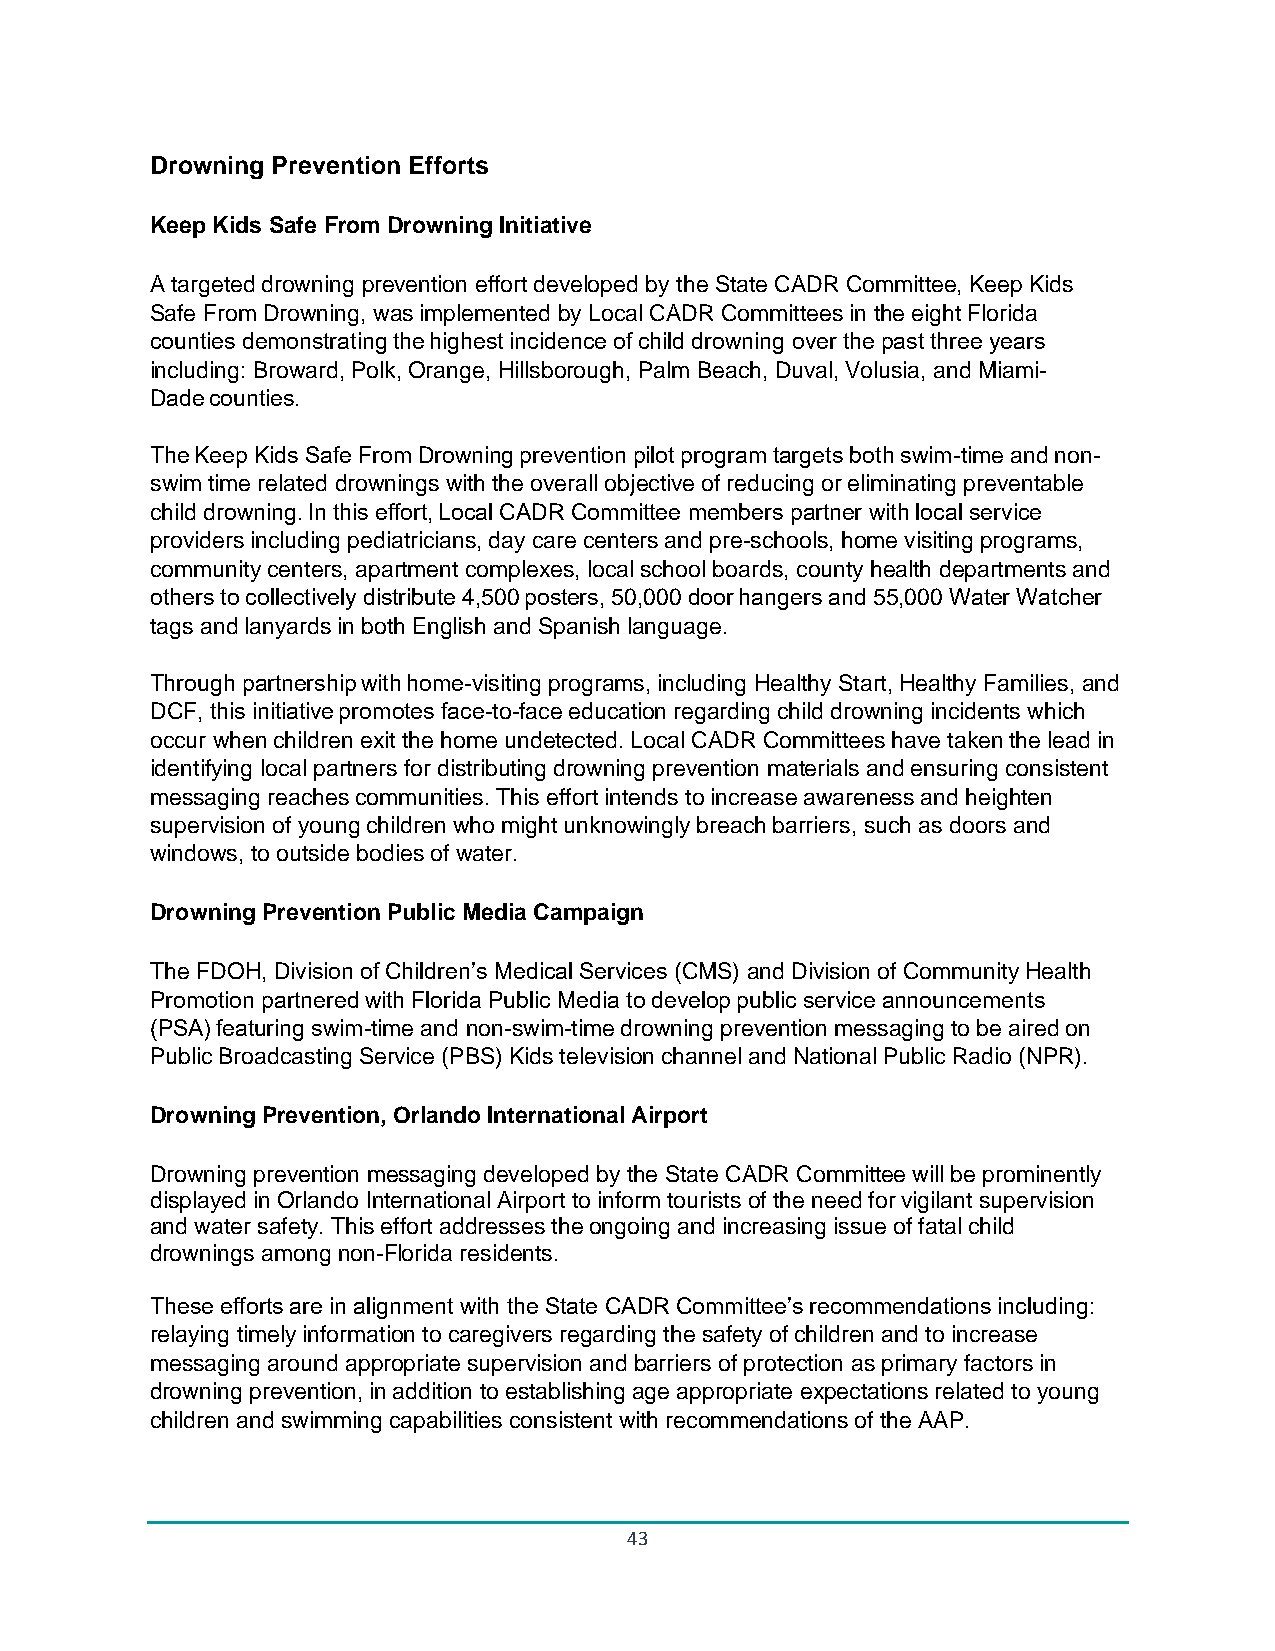
Drowning Prevention Efforts
 Keep Kids Safe From Drowning Initiative
 A targeted drowning prevention effort developed by the State CADR Committee, Keep Kids
 Safe From Drowning, was implemented by Local CADR Committees in the eight Florida
 counties demonstrating the highest incidence of child drowning over the past three years
 including: Broward, Polk, Orange, Hillsborough, Palm Beach, Duval, Volusia, and Miami-
 Dade counties.
 The Keep Kids Safe From Drowning prevention pilot program targets both swim-time and non-
 swim time related drownings with the overall objective of reducing or eliminating preventable
 child drowning. In this effort, Local CADR Committee members partner with local service
 providers including pediatricians, day care centers and pre-schools, home visiting programs,
 community centers, apartment complexes, local school boards, county health departments and
 others to collectively distribute 4,500 posters, 50,000 door hangers and 55,000 Water Watcher
 tags and lanyards in both English and Spanish language.
 Through partnership with home-visiting programs, including Healthy Start, Healthy Families, and
 DCF, this initiative promotes face-to-face education regarding child drowning incidents which
 occur when children exit the home undetected. Local CADR Committees have taken the lead in
 identifying local partners for distributing drowning prevention materials and ensuring consistent
 messaging reaches communities. This effort intends to increase awareness and heighten
 supervision of young children who might unknowingly breach barriers, such as doors and
 windows, to outside bodies of water.
 Drowning Prevention Public Media Campaign
 The FDOH, Division of Children’s Medical Services (CMS) and Division of Community Health
 Promotion partnered with Florida Public Media to develop public service announcements
 (PSA) featuring swim-time and non-swim-time drowning prevention messaging to be aired on
 Public Broadcasting Service (PBS) Kids television channel and National Public Radio (NPR).
 Drowning Prevention, Orlando International Airport
 Drowning prevention messaging developed by the State CADR Committee will be prominently
 displayed in Orlando International Airport to inform tourists of the need for vigilant supervision
 and water safety. This effort addresses the ongoing and increasing issue of fatal child
 drownings among non-Florida residents.
 These efforts are in alignment with the State CADR Committee’s recommendations including:
 relaying timely information to caregivers regarding the safety of children and to increase
 messaging around appropriate supervision and barriers of protection as primary factors in
 drowning prevention, in addition to establishing age appropriate expectations related to young
 children and swimming capabilities consistent with recommendations of the AAP.
 43